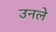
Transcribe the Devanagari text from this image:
उनले